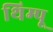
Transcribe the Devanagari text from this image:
थिम्पू